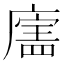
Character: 𪪣